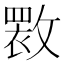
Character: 𫿏